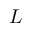
L